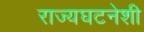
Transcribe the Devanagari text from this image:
राज्यघटनेशी